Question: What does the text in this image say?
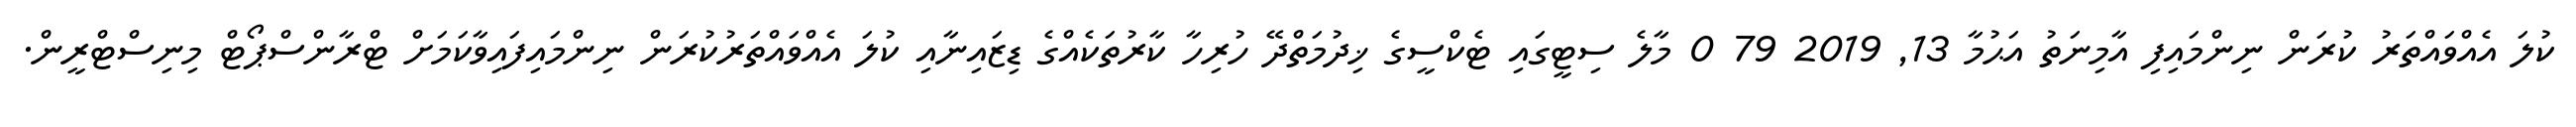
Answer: ކުލަ އެއްވައްތަރު ކުރަން ނިންމައިފި އާމިނަތު އަޙުމާ 13, 2019 79 0 މާލެ ސިޓީގައި ޓެކްސީގެ ޚިދުމަތްދޭ ހުރިހާ ކާރުތަކެއްގެ ޑިޒައިނާއި ކުލަ އެއްވައްތަރުކުރަން ނިންމައިފައިވާކަމަށް ޓްރާންސްޕޯޓް މިނިސްޓްރީން.